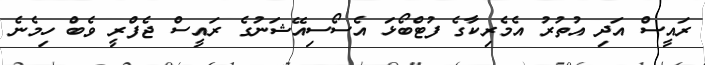
ރައީސް އަދި އުތުރު އެމެރިކާގެ ފުޓްބޯޅަ އެސޯސިއޭޝަނުގެ ރައީސް ޖެފްރީ ވެބް ހިމެނެ